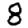
Digit: 8